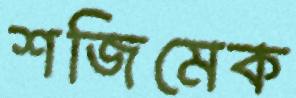
শজিমেক